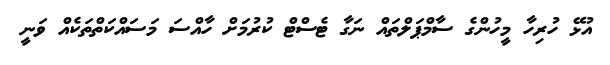
އުޅޭ ހުރިހާ މީހުންގެ ސާމްޕަލްތައް ނަގާ ޓެސްޓް ކުރުމަށް ހާއްސަ މަސައްކަތްތަކެއް ވަނީ